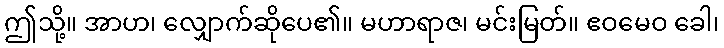
ဤသို့။ အာဟ၊ လျှောက်ဆိုပေ၏။ မဟာရာဇ၊ မင်းမြတ်။ ဧဝမေဝ ခေါ၊